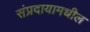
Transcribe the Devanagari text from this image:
संप्रदायामधील